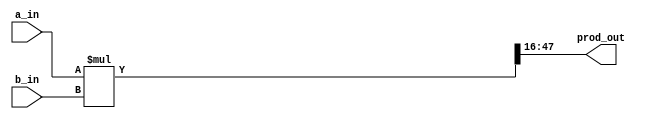
`timescale 1ns / 1ps

// Fixed-Point Multiplier

//------------------------------------------------------------------------------
// mult Module
//------------------------------------------------------------------------------
module mult#(parameter WIDTH = 32,parameter DECIMAL_BITS = 16)(
   input  signed[(WIDTH-1):0] a_in,
   input  signed[(WIDTH-1):0] b_in,
   output signed[(WIDTH-1):0] prod_out
   );

   // internal wires and state
   wire signed[((2*WIDTH)-1):0] prod;

   // multiplication
   assign prod = a_in*b_in;
   assign prod_out = prod[((WIDTH-1)+DECIMAL_BITS):DECIMAL_BITS];

endmodule